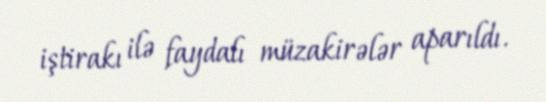
iştirakı ilə faydalı müzakirələr aparıldı.